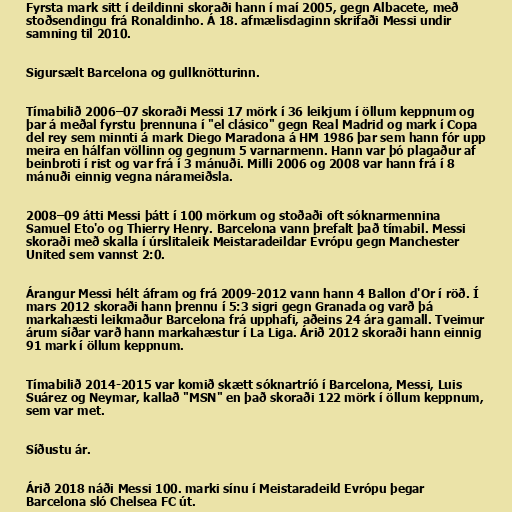
Fyrsta mark sitt í deildinni skoraði hann í maí 2005, gegn Albacete, með
stoðsendingu frá Ronaldinho. Á 18. afmælisdaginn skrifaði Messi undir
samning til 2010.

Sigursælt Barcelona og gullknötturinn.

Tímabilið 2006–07 skoraði Messi 17 mörk í 36 leikjum í öllum keppnum og
þar á meðal fyrstu þrennuna í "el clásico" gegn Real Madrid og mark í Copa
del rey sem minnti á mark Diego Maradona á HM 1986 þar sem hann fór upp
meira en hálfan völlinn og gegnum 5 varnarmenn. Hann var þó plagaður af
beinbroti í rist og var frá í 3 mánuði. Milli 2006 og 2008 var hann frá í 8
mánuði einnig vegna nárameiðsla.

2008–09 átti Messi þátt í 100 mörkum og stoðaði oft sóknarmennina
Samuel Eto'o og Thierry Henry. Barcelona vann þrefalt það tímabil. Messi
skoraði með skalla í úrslitaleik Meistaradeildar Evrópu gegn Manchester
United sem vannst 2:0.

Árangur Messi hélt áfram og frá 2009-2012 vann hann 4 Ballon d'Or í röð. Í
mars 2012 skoraði hann þrennu í 5:3 sigri gegn Granada og varð þá
markahæsti leikmaður Barcelona frá upphafi, aðeins 24 ára gamall. Tveimur
árum síðar varð hann markahæstur í La Liga. Árið 2012 skoraði hann einnig
91 mark í öllum keppnum.

Tímabilið 2014-2015 var komið skætt sóknartríó í Barcelona, Messi, Luis
Suárez og Neymar, kallað "MSN" en það skoraði 122 mörk í öllum keppnum,
sem var met.

Síðustu ár.

Árið 2018 náði Messi 100. marki sínu í Meistaradeild Evrópu þegar
Barcelona sló Chelsea FC út.